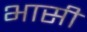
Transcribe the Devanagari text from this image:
भासीं